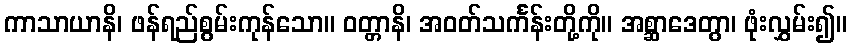
ကာသာယာနိ၊ ဖန်ရည်စွမ်းကုန်သော။ ဝတ္တာနိ၊ အဝတ်သင်္ကန်းတို့ကို။ အစ္ဆာဒေတွာ၊ ဖုံးလွှမ်း၍။